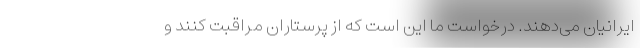
ایرانیان می‌دهند. درخواست ما این است که از پرستاران مراقبت کنند و